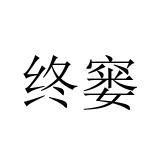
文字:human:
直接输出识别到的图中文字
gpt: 终窭